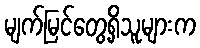
မျက်မြင်တွေ့ရှိသူများက